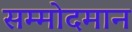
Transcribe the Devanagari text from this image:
सम्मोदमान